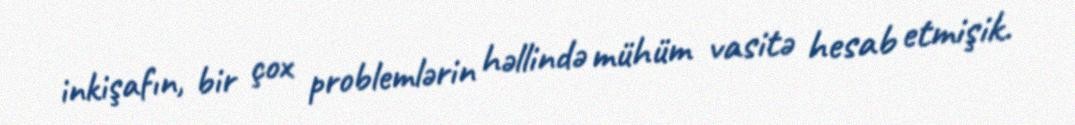
inkişafın, bir çox problemlərin həllində mühüm vasitə hesab etmişik.